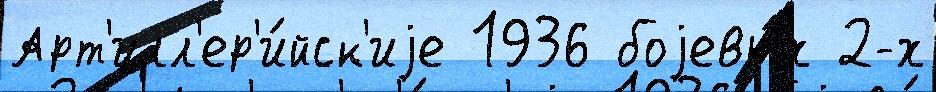
Арт'илл'ер'и́йск'иjе 1936 боjевы́х 2-х